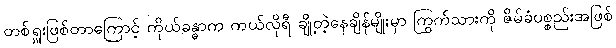
တစ်ရှူးဖြစ်တာကြောင့် ကိုယ်ခန္ဓာက ကယ်လိုရီ ချို့တဲ့နေချိန်မျိုးမှာ ကြွက်သားကို ဇိမ်ခံပစ္စည်းအဖြစ်